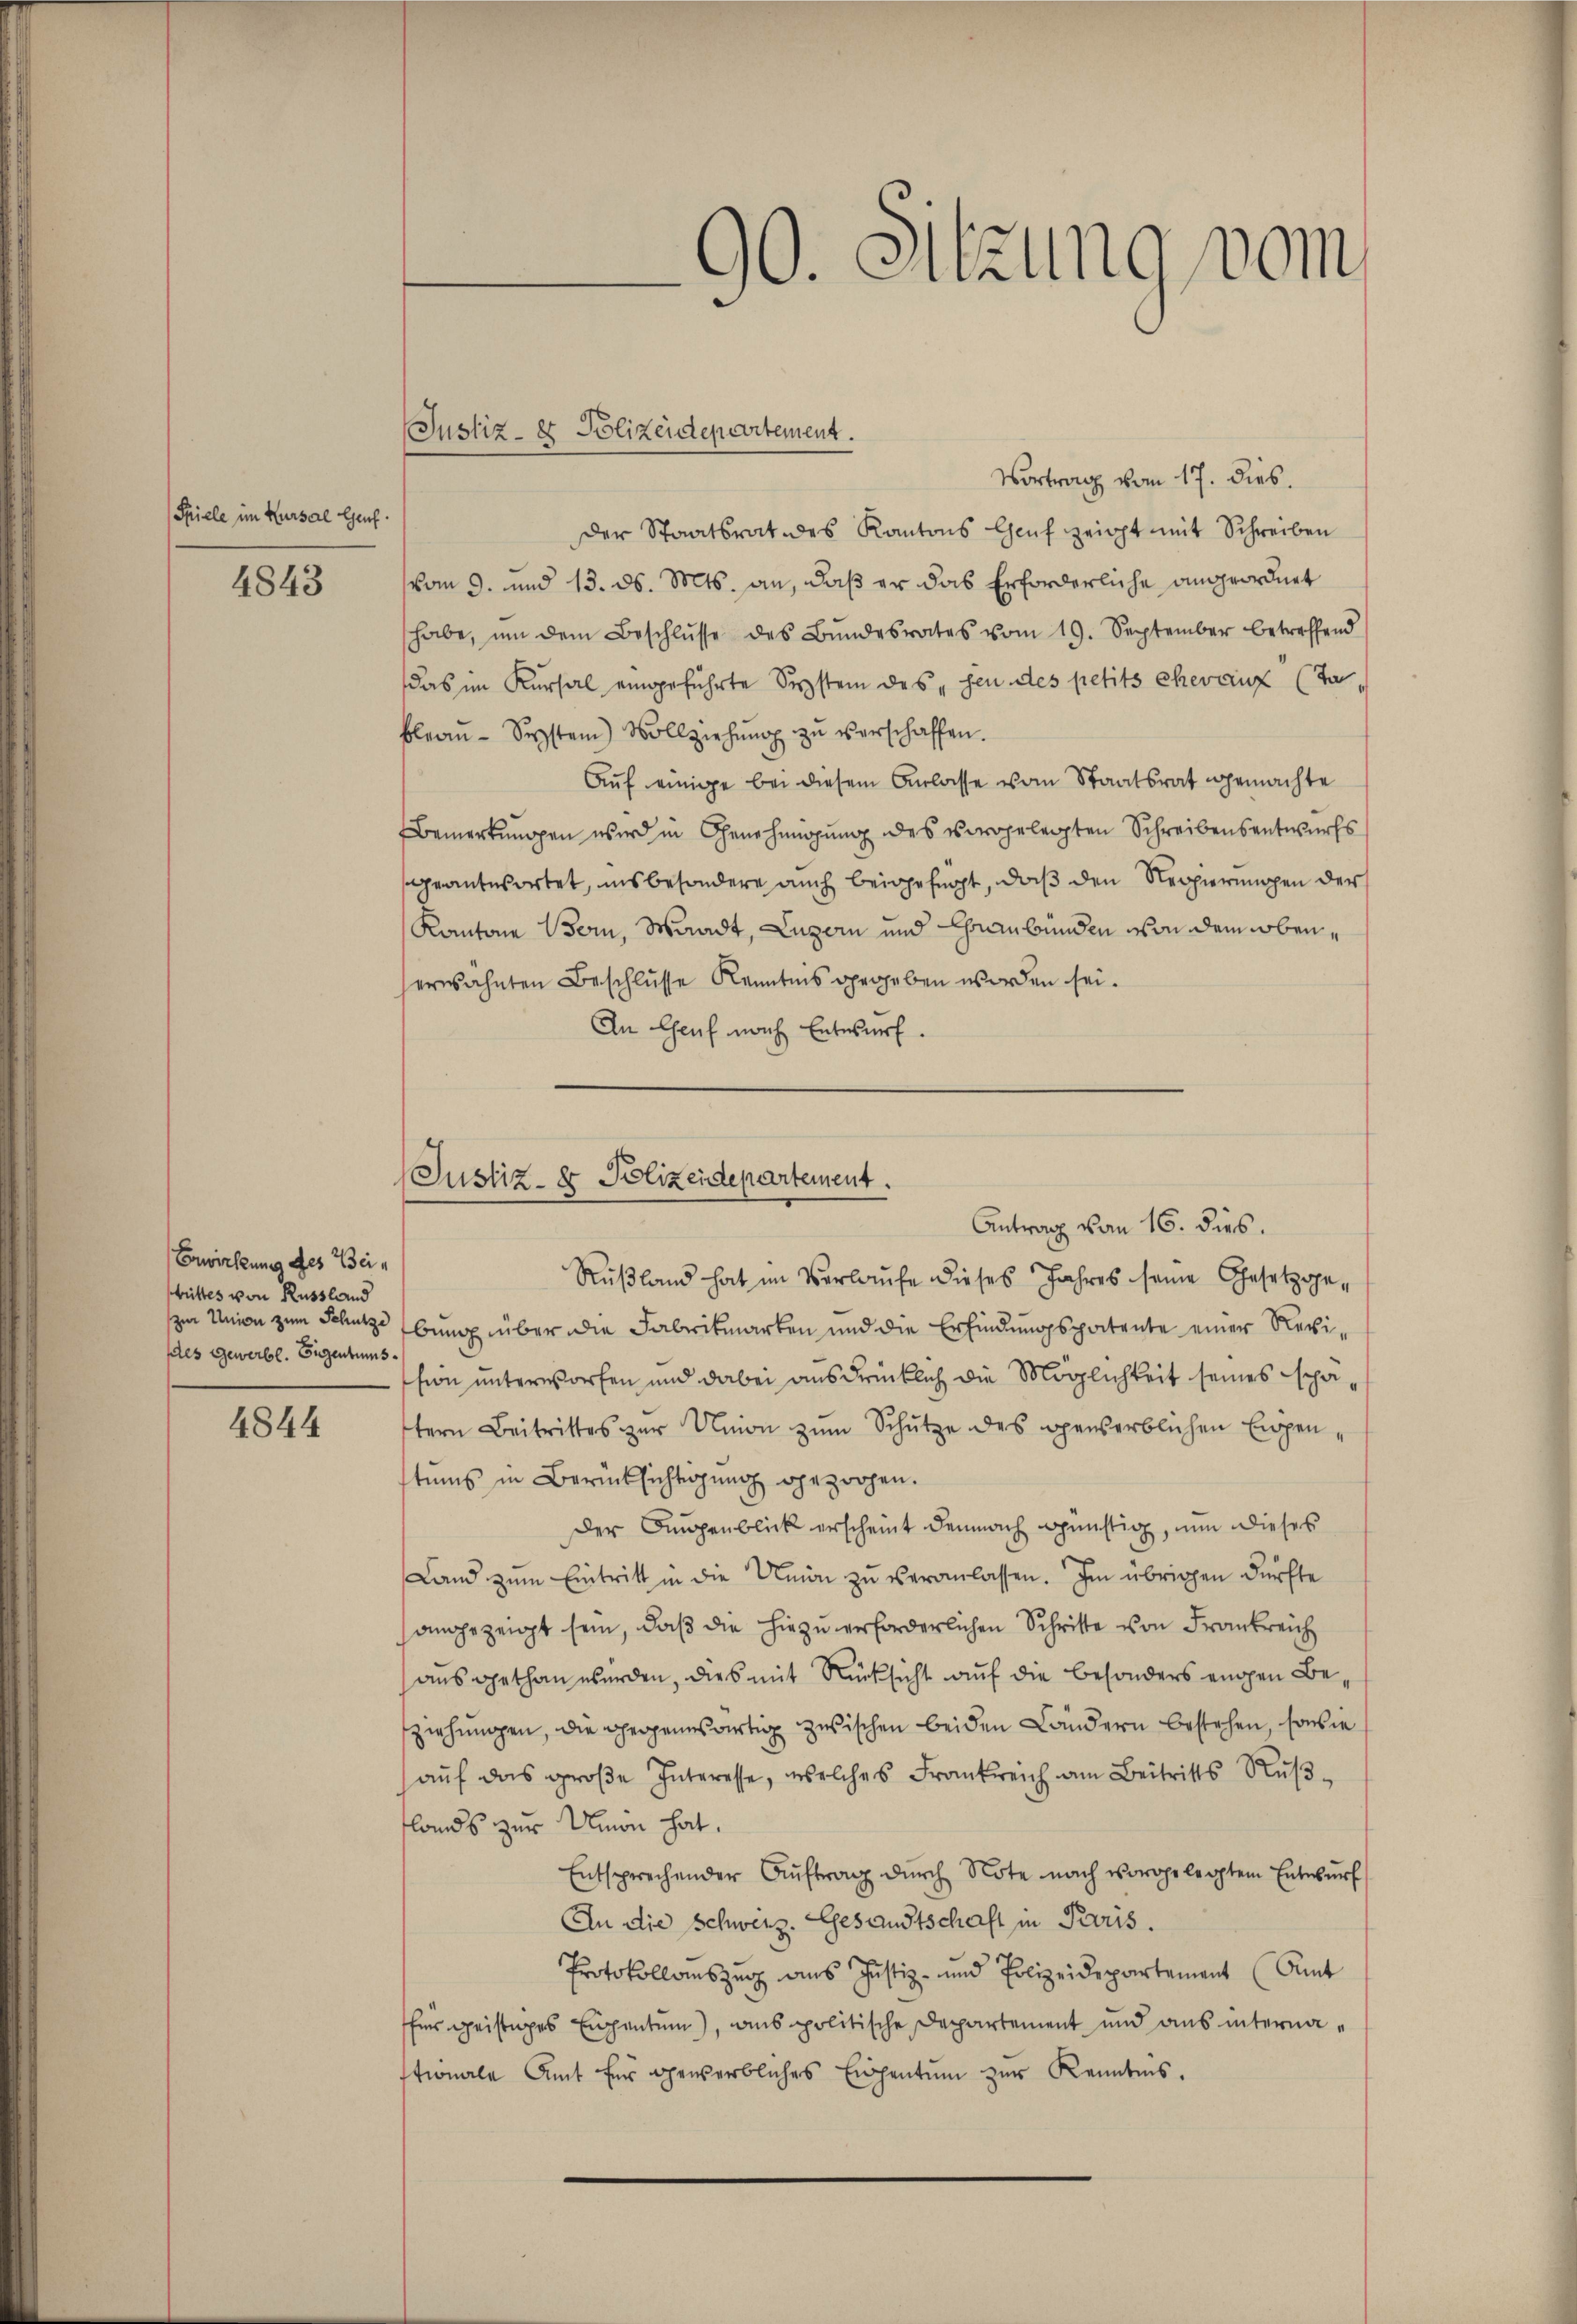
Spiele im Kursal Genf.

4843

Erwirkung des Beitrittes von Russland
des Gewerbe. Siegentums.

4844

Vortrag vom 17. dies.
Der Staatsrat des Kantons Genf zeigt mit Schreiben
vom 9. und 13. d. Mts. an, daß er das Erforderliche angeordnet
habe, ŭm dem Beschlŭsse des Bŭndesrates vom 19. September betreffend
das im Kursal eingeführte System dessen des petits ehevaux (Tableau - System Vollziehung zu verschaffen.
Aŭf einige bei diesem Anlasse vom Staatsrat gemachte
Bemerkungen wird in Genehmigung des vorgelegten Schreibensentwurfs
geantwortet, insbesondere auch beigefügt, daß den Regierungen der
Kantone Bern, Waadt, Luzern und Graubünden von dem obenherwähnten Beschlüsse Kenntnis gegeben worden sei.
An Genf nach Entwurf.

Rußland hat im Verlaufe dieses Jahres seine Gesetzggein Union zum Schutze bung über die Fabrikmarken und die Erfindungspatente einer Revision unterworfen und dabei ausdrücklich die Möglichkeit seines schätern Beitrittes zŭr Union zŭm Schütze des gewerblichen Eigenstums in Berücksichtigung gezogen.
Der Augenblick erscheint demnach günstig, nun dieses
Land zum Eintritt in die Union zu veranlassen. Im übrigen dürfte
sangezeigt sein, daß die hiezu erforderlichen Schritte von Frankreich
ausgethan werden, dies mit Rücksicht auf die besonders eigen Beziehungen, die phrogenesartig zwischen beiden Ländern bestehen, sowie
auf das groβe Interesse, welches Frankreich am Beitritts Rußlands zur Union hat.
Entsprechender Aŭftrag dŭrch Note nach vorgelegtem Entwŭrf
An die Schweiz. Gesandtschaft in Paris.
Protokollauszug aus Justiz- und Polizeidepartement (Amt
für geistiges Eigentum), aus politische Departement und aus internastionale Amt für gewerbliches Einzentum zur Kenntnis.

Justiz- & Polizeidepartement.

90. Sitzung vom

Justiz- & Polizeidepartement.
Antrag vom 16. dies.